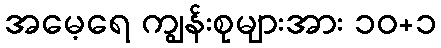
အမေ့ရေ ကျွန်းစုများအား ၁၀+၁